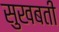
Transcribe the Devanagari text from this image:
सुखबती